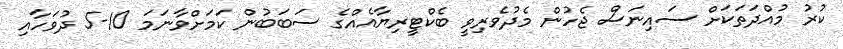
ކުރު މުއްދަތަކަށް ސައިނަސް ޖެހުން މެދުވެރިވީ ބެކްޓީރިޔާއެއްގެ ސަބަބުން ކަމަށްވާނަމަ 10-5 ދުވަހާއި